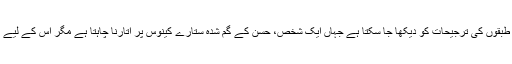
دونوں مرکزی کرداروں کے ذریعے دو مختلف طبقوں کی ترجیحات کو دیکھا جا سکتا ہے جہاں ایک شخص، حسن کے گم شدہ ستارے کینوس پر اتارنا چاہتا ہے مگر اس کے لیے الگ کیے گئے برتن کی تلاش جاری رہتی ہے ۔